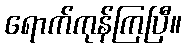
ရောက်ကုန်ကြပြီ။